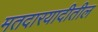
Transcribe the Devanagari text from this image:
मतदारयादीतील